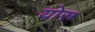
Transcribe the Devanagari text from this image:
योरु